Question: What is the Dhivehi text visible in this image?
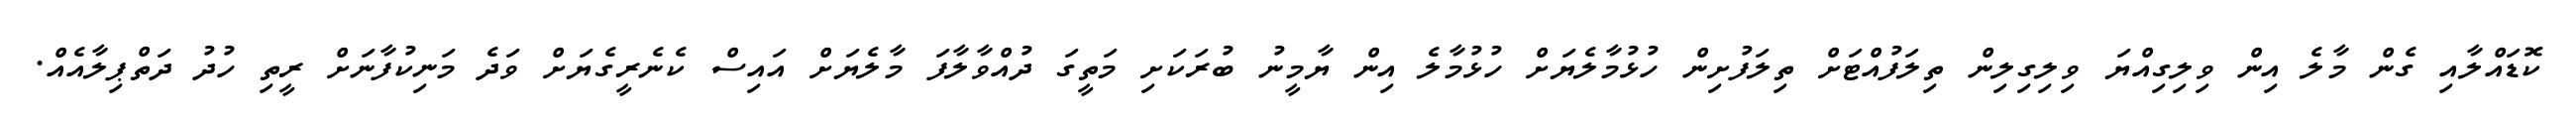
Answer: ކޮޑައްލާއި ގެން މާލެ އިން ވިލިގިއްޔަ ވިލިގިލިން ތިލަފުއްޓަށް ތިލަފުށިން ހުޅުމާލެޔަށް ހުޅުމާލެ އިން ޔާމީނު ބުރަކަށި މަތީގަ ދުއްވާލާފަ މާލެޔަށް އައިސް ކެނެރީގެޔަށް ވަދެ މަނިކުފާނަށް ރީތި ހުދު ދަތްޕިލާއެއް.